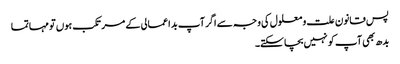
پس قانون علت و معلول کی وجہ سے اگر آپ بد اعمالی کے مرتکب ہوں تو مہاتما
بدھ بھی آپ کو نہیں بچا سکتے۔